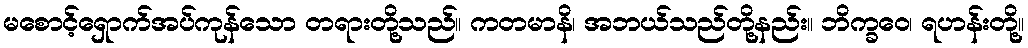
မစောင့်ရှောက်အပ်ကုန်သော တရားတို့သည်။ ကတမာနိ၊ အဘယ်သည်တို့နည်း။ ဘိက္ခဝေ၊ ရဟန်းတို့။